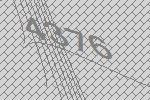
4376